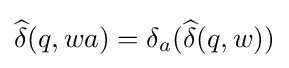
{\widehat {\delta }}(q,wa)=\delta _{a}({\widehat {\delta }}(q,w))